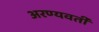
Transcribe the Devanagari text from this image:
अरण्यवर्ती